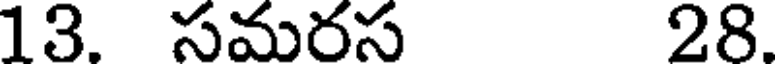
13. సమరస 28.